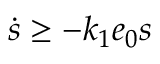
\dot { s } \geq - k _ { 1 } e _ { 0 } s